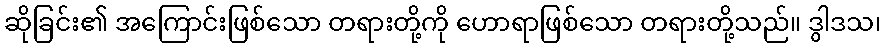
ဆိုခြင်း၏ အကြောင်းဖြစ်သော တရားတို့ကို ဟောရာဖြစ်သော တရားတို့သည်။ ဒွါဒသ၊